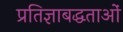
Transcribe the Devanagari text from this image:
प्रतिज्ञाबद्धताओं